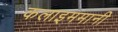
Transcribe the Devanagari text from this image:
कलाइममानी